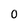
Character: O